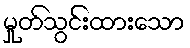
မှုတ်သွင်းထားသော